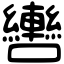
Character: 轡